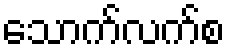
သောက်လက်စ